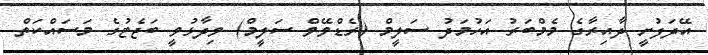
އޭދަފުށީ ދާއިރާގެ މެމްބަރު އަހުމަދު ސަލީމް (ރެޑްވޭވް ސަލީމް) ވިދާޅުވީ ބަޖެޓުގެ މަސައްކަތް